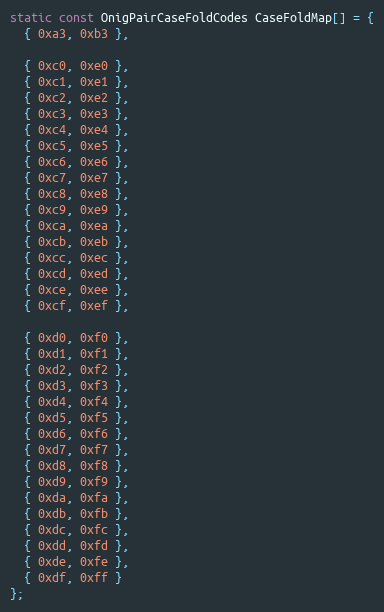
Language: C
static const OnigPairCaseFoldCodes CaseFoldMap[] = {
  { 0xa3, 0xb3 },

  { 0xc0, 0xe0 },
  { 0xc1, 0xe1 },
  { 0xc2, 0xe2 },
  { 0xc3, 0xe3 },
  { 0xc4, 0xe4 },
  { 0xc5, 0xe5 },
  { 0xc6, 0xe6 },
  { 0xc7, 0xe7 },
  { 0xc8, 0xe8 },
  { 0xc9, 0xe9 },
  { 0xca, 0xea },
  { 0xcb, 0xeb },
  { 0xcc, 0xec },
  { 0xcd, 0xed },
  { 0xce, 0xee },
  { 0xcf, 0xef },

  { 0xd0, 0xf0 },
  { 0xd1, 0xf1 },
  { 0xd2, 0xf2 },
  { 0xd3, 0xf3 },
  { 0xd4, 0xf4 },
  { 0xd5, 0xf5 },
  { 0xd6, 0xf6 },
  { 0xd7, 0xf7 },
  { 0xd8, 0xf8 },
  { 0xd9, 0xf9 },
  { 0xda, 0xfa },
  { 0xdb, 0xfb },
  { 0xdc, 0xfc },
  { 0xdd, 0xfd },
  { 0xde, 0xfe },
  { 0xdf, 0xff }
};